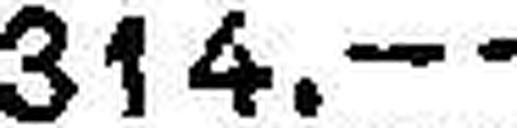
314.—